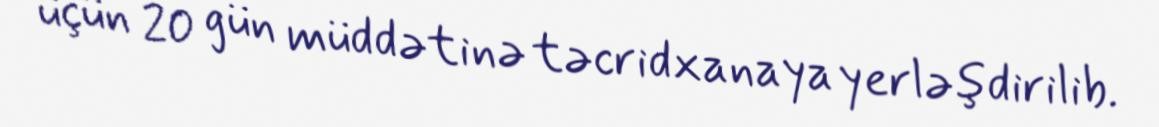
üçün 20 gün müddətinə təcridxanaya yerləşdirilib.